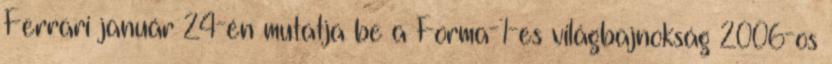
Ferrari január 24-én mutatja be a Forma-1-es világbajnokság 2006-os